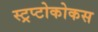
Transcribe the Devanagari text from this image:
स्ट्रप्टोकोकस